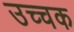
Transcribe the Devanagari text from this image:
उच्चक